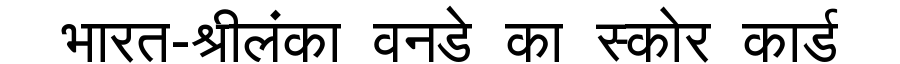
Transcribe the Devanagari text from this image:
भारत-श्रीलंका वनडे का स्कोर कार्ड